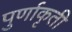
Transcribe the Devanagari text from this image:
पुर्णाकृती